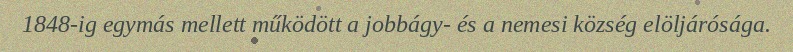
1848-ig egymás mellett működött a jobbágy- és a nemesi község elöljárósága.